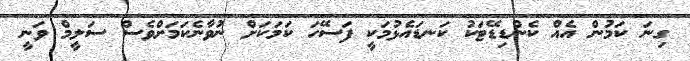
ގިނަ ކަމުން އެއް ކެންޑިޑޭޓަކު ކަނޑައެޅުމަކީ ފަސޭހަ ކަމަކަށް ނުވާނެކަމަށްވެސް ސަލީމް ވަނީ